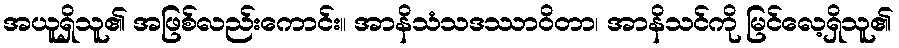
အယူရှိသူ၏ အဖြစ်လည်းကောင်း။ အာနိသံသဒဿာဝိတာ၊ အာနိသင်ကို မြင်လေ့ရှိသူ၏